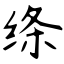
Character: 绦